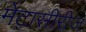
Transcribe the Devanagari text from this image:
मेटासीरीज